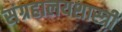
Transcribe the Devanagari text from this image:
संग्रहालयशास्त्री